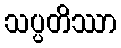
သပ္ပတိဿာ